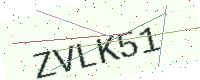
Text: ZVLK51